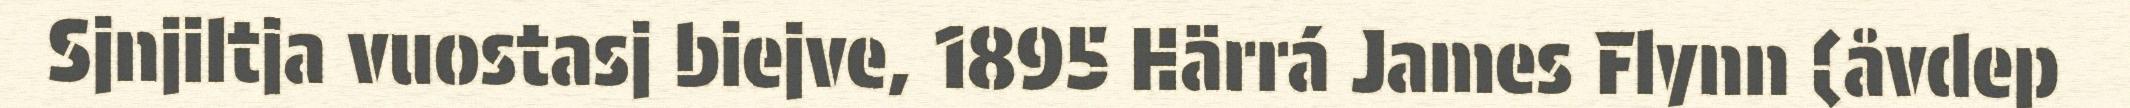
Sjnjiltja vuostasj biejve, 1895 Härrá James Flynn (åvdep